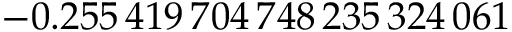
- 0 . 2 5 5 \, 4 1 9 \, 7 0 4 \, 7 4 8 \, 2 3 5 \, 3 2 4 \, 0 6 1